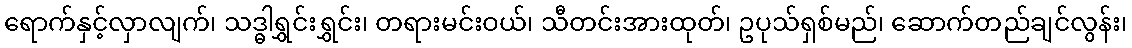
ရောက်နှင့်လှာလျက်၊ သဒ္ဓါရွှင်းရွှင်း၊ တရားမင်းဝယ်၊ သီတင်းအားထုတ်၊ ဥပုသ်ရှစ်မည်၊ ဆောက်တည်ချင်လွန်း၊